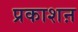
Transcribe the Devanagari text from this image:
प्रकाशऩ